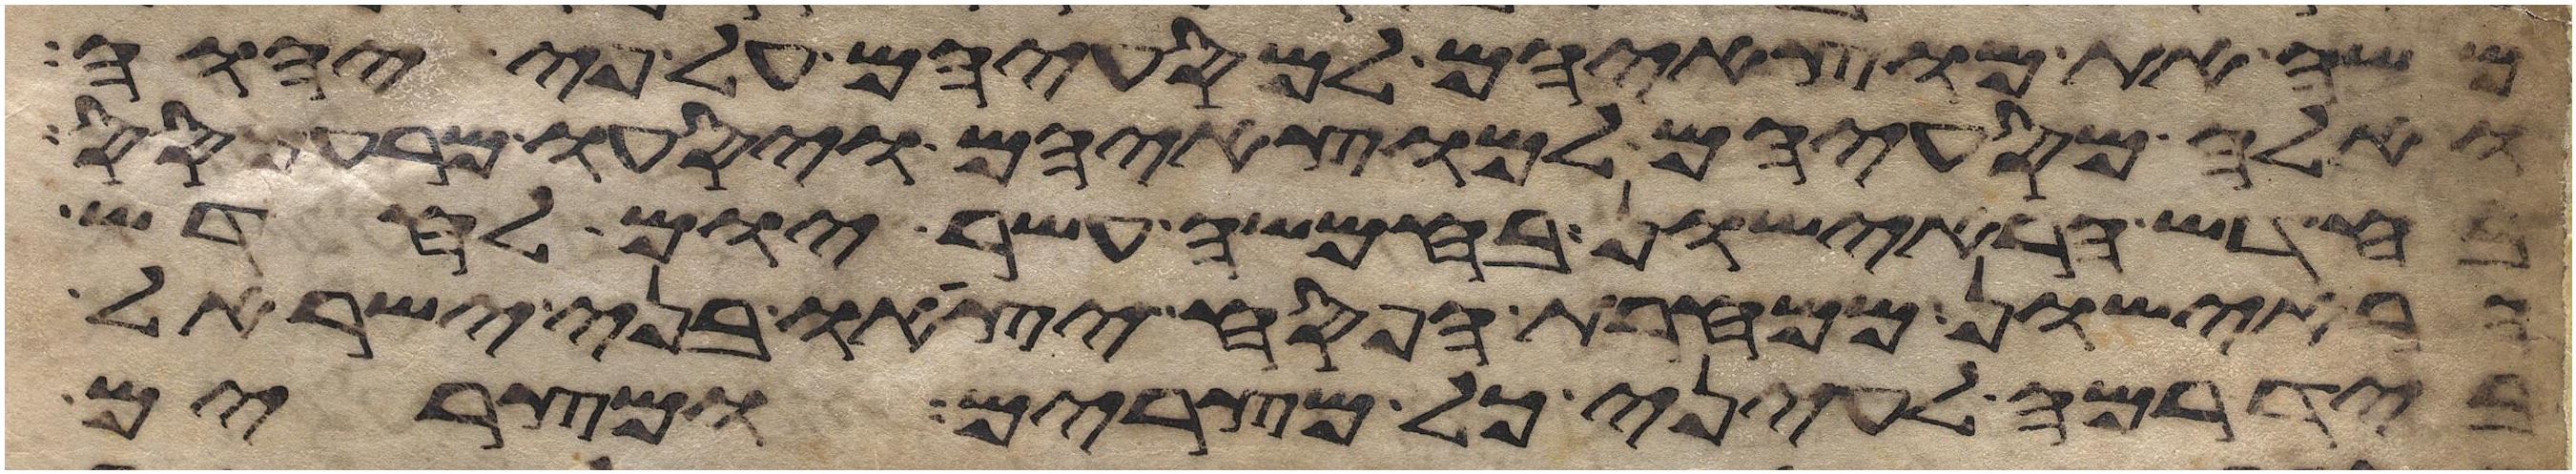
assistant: משה את מוצאיהם למסעיהם על פי יהוה
ואלה מסעיהם למוצאיהם ויסעו מרעמסס
בחדש הראישון בחמשה עשר יום לחדש
הראישון ממחרת הפסח יצאו בני ישראל
ביד רמה לעיני כל מצרים ומצרים